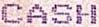
CASH